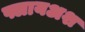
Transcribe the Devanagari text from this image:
फ्लायअश